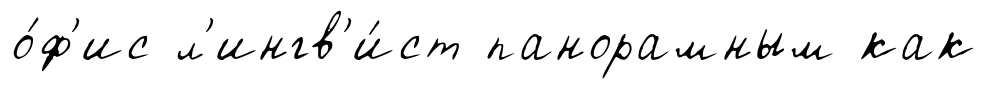
о́ф'ис л'ингв'и́ст панорамным как